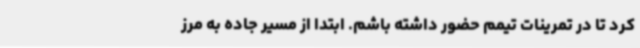
کرد تا در تمرینات تیمم حضور داشته باشم. ابتدا از مسیر جاده به مرز